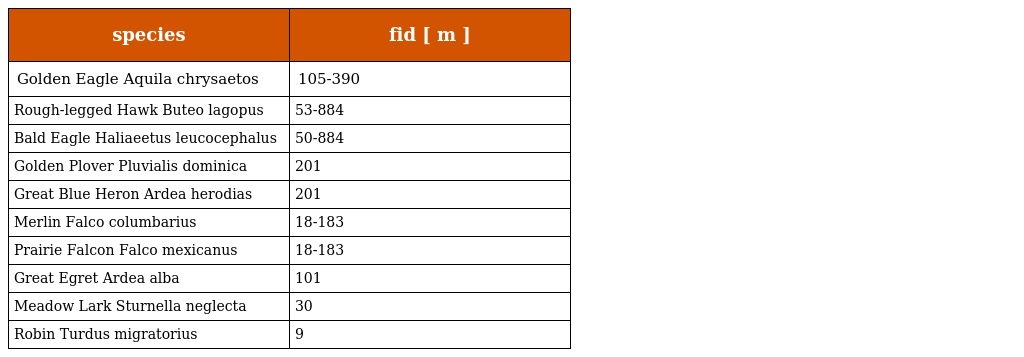
| species | fid [ m ] |
 | --- | --- |
 | Golden Eagle Aquila chrysaetos | 105-390 |
 | Rough-legged Hawk Buteo lagopus | 53-884 |
 | Bald Eagle Haliaeetus leucocephalus | 50-884 |
 | Golden Plover Pluvialis dominica | 201 |
 | Great Blue Heron Ardea herodias | 201 |
 | Merlin Falco columbarius | 18-183 |
 | Prairie Falcon Falco mexicanus | 18-183 |
 | Great Egret Ardea alba | 101 |
 | Meadow Lark Sturnella neglecta | 30 |
 | Robin Turdus migratorius | 9 |